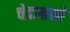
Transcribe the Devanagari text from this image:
चेद्राक्षसो